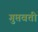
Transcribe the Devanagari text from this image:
गुप्तवती